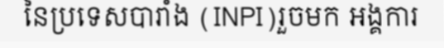
នៃប្រទេសបារាំង (INPI)រួចមក អង្គការ